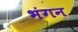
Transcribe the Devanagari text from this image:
भंगन